King Institute of Preventive Medicine Bacteriolog. Section reports 1907-08
Year: 1907
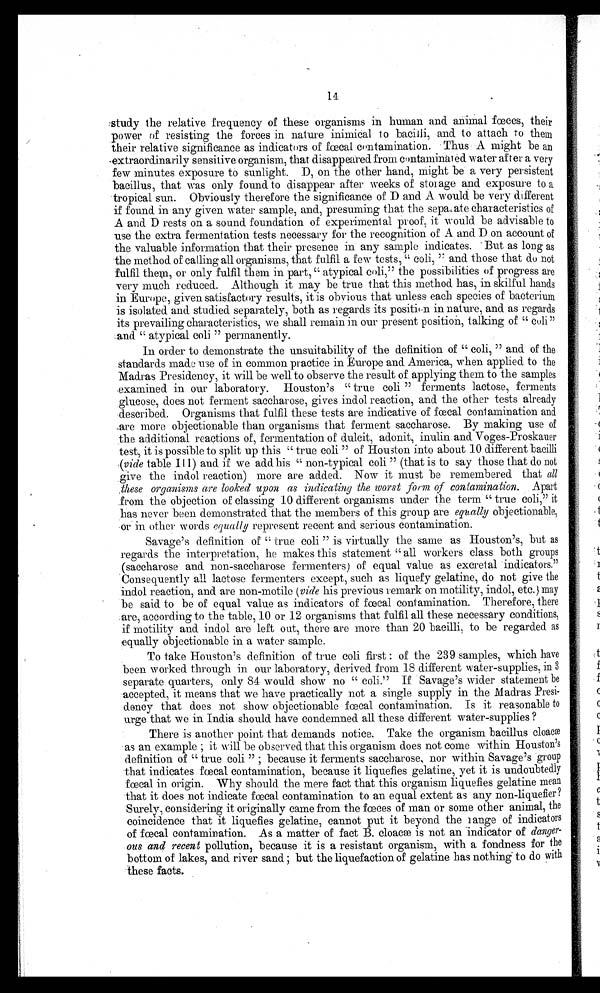
:study the relative frequency of these organisms in human and animal fces, their
power of resisting the forces in nature inimical to bacilli, and. to attach to them
their relative significance as indicators of faecal contamination. Thus A might be an
'extraordinarily sensitive organism, that disappeared from contaminal ed water after a very
. few minutes exposure to sunlight. D, on the other hand, might be a very persistent
bacillus, that Was only found to disappear after weeks of storage and exposure to a
-tropical sun. Obviously therefore the significance of D and A would be very different
if found in any given water sample, and, presuming that the separate characteristics of
A and D rests on a sound foundation of experimental proof, it would be advisable to
use the extra fermentation tests necessary for the recognition of A and D on account of
the valuable information that their presence in any sample indicates. But as long as
the method of calling all organisms, that fulfil a few tests, " coil, " and those that du not
fulfil them, or only fulfil them in part, " atypical coli," the possibilities of progress are
very much reduced. Although it may be true that this method has, in skilful hands
in Europe, given satisfactory results, it is obvious that unless each species of bacterium
is isolated and studied separately, both as regards its positition in nature, and as regards
its prevailing characteristics, we shall remain in our present position, talking of " culi"
and " atypical coli " permanently.
In order to demonstrate the unsuitability of the definition of " coli, " and of the
standards made use of in common practice in Europe and America, when applied to the
Madras Presidency, it will be well to observe the result of applying them to the samples
examined in our laboratory. Houston's " true coli " ferments lactose, ferments
glucose, does not ferment saccharose, gives indol reaction, and the other tests already
described. Organisms that fulfil these tests are indicative of fecal contamination and
a r e m o r e o b j e c t i o n a b l e t h a n o r g a n i s m s t h a t f e r m e n t s a c c h a r o s e . B y m a k i n g u s e o f
the additional reactions of, fermentation of dulcit, adonit, inulin. and Voges-Proskauer
test, it is possible to spli.t up this " true coli " of Houston into about 10 different bacilli
( v i d e
t a b l e I I I ) a n d i f w e a d d h i s " n o n - t y p i c a l c o l i " ( t h a t i s t o s a y t h o s e t h a t d o n o t
give the indol reaction) more are added. Now it must be remembered that all
t h e s e o r g a n i s m s a r e l o o k e d u p o n a s i n d i c a t i n g t h e w o r s t f o r m o f c o n t a m i n a t i o n .
A p a r t
.from the objection of classing 10 different organisms under the term " true coli," it
has never been demonstrated that the members of this group are equally objectionable,
•or in other words equally represent recent and serious contamination.
Savage's definition of " true coli " is virtually the same as Houston's, but as
regards the interpretation, he makes this statement " all workers class both groups
(saccharose and non-saccharose fermenters) of equal value as excretal -indicators."
Consequently all lactose fermenters except, such as liquefy gelatine, do not give the
indol reaction, and are non-motile (vide his previous remark on motility, indol, etc.) may
be said to be of equal value as indicators of fcal contamination. Therefore there
.are, according to the table, 10 or 12 organisms that fulfil all these necessary conditions,
if motility and indol are left out, there are more than 20 bacilli, to be regarded as
equally objectionable in a water sample.
To take Houston's definition of true coli first : of the 239 samples, which have
been worked through in our laboratory, derived from 18 different water-supplies, in 3
separate quarters, only 84 would show no " coli." If Savage's wider statement be
accepted, it means that we have practically not a single supply in the Madras Presi-
dency that does not show objectionable fwcal contamination. Is it reasonable to
urge that we in India should have condemned all these different water-supplies ?
There is another point that demands notice. Take the organism bacillus
c l o a c æ a s a n e x a m p l e ; i . t w i l l b e o b s e r v e d t h a t t h i s o r g a n i s m d o e s n o t c o m e w i t h i n H o u s t o n ' s
definition of " true coli " ; because it ferments saccharose, nor within Savage's group
-that indicates fæcal contamination, because it liquefies gelatine, yet it is undoubtedly
in origin. Why should the mere fact that this organism liquefies gelatine mean
that it does not indicate fecal contamination to an equal extent as any non-liquefier?
Su
faecal
rely, considering it originally came from the faces of man or some other animal, the
coincidence that it liquefies gelatine, cannot put it beyond the lange of indicators
of focal contamination. As a matter of fact B. cloace is not an 'indicator of
d a n g e r
( M S
a n d r e c e n t
p o l l u t i o n , b e c a u s e i t i s a r e s i s t a n t o r g a n i s m , w i t h a f o n d n e s s f o r t h e
bottom of lakes, and river sand ; but the liquefaction of gelatine has nothing to do with
t h e s e f a c t s .